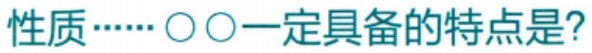
性质……〇〇一定具备的特点是?